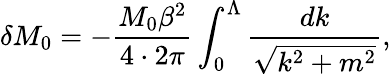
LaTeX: \delta M_{0}=-\frac{M_{0}\beta^{2}}{4\cdot 2\pi}\int_{0}^{\Lambda}\frac{dk}{\sqrt{k^{2}+m^{2}}},